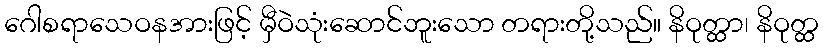
ဂေါစရာသေဝနအားဖြင့် မှီဝဲသုံးဆောင်ဘူးသော တရားတို့သည်။ နိဝုတ္ထာ၊ နိဝုတ္ထ